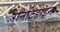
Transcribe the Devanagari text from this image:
रैनिटिडाइन